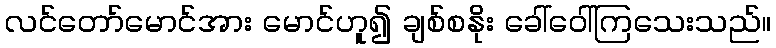
လင်တော်မောင်အား မောင်ဟူ၍ ချစ်စနိုး ခေါ်ဝေါ်ကြသေးသည်။